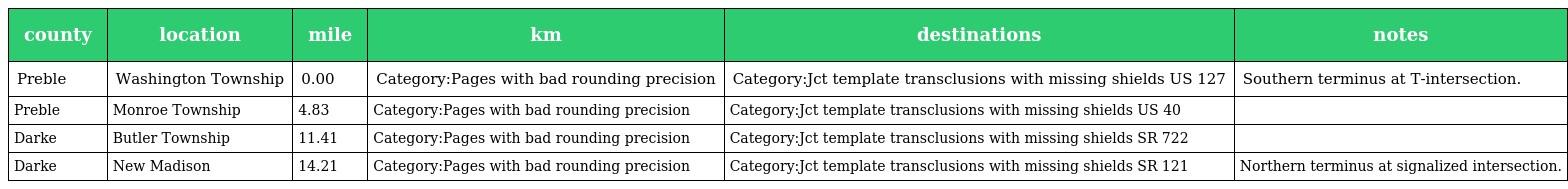
| county | location | mile | km | destinations | notes |
 | --- | --- | --- | --- | --- | --- |
 | Preble | Washington Township | 0.00 | Category:Pages with bad rounding precision | Category:Jct template transclusions with missing shields US 127 | Southern terminus at T-intersection. |
 | Preble | Monroe Township | 4.83 | Category:Pages with bad rounding precision | Category:Jct template transclusions with missing shields US 40 |  |
 | Darke | Butler Township | 11.41 | Category:Pages with bad rounding precision | Category:Jct template transclusions with missing shields SR 722 |  |
 | Darke | New Madison | 14.21 | Category:Pages with bad rounding precision | Category:Jct template transclusions with missing shields SR 121 | Northern terminus at signalized intersection. |